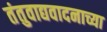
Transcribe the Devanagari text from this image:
तंतुवाद्यवादनाच्या